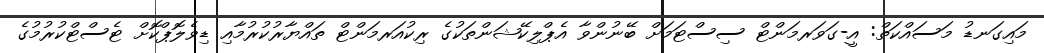
މައިގަނޑު މަސައްކަތް: އީ-ގަވަރމަންޓް ސިސްޓަމަށް ބޭނުންވާ އެޕްލިކޭޝަންތަކުގެ ރިކުއަރމަންޓް ތައްޔާރުކުރުމާއި ޑިވެލޮޕްކޮށް ޓެސްޓްކުރުމުގެ